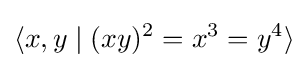
\langle x,y\mid (xy)^{2}=x^{3}=y^{4}\rangle